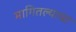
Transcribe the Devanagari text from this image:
मागितल्याचा